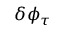
\delta \phi _ { \tau }